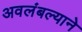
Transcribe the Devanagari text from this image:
अवलंबल्याने